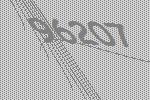
96207